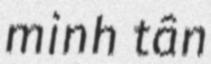
minh tân